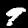
Digit: 9